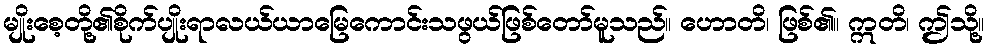
မျိုးစေ့တို့၏စိုက်ပျိုးရာလယ်ယာမြေကောင်းသဖွယ်ဖြစ်တော်မူသည်။ ဟောတိ၊ ဖြစ်၏။ ဣတိ၊ ဤသို့။